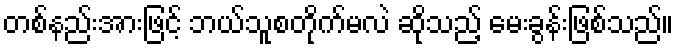
တစ်နည်းအားဖြင့် ဘယ်သူစတိုက်မလဲ ဆိုသည့် မေးခွန်းဖြစ်သည်။